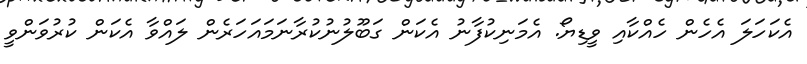
އެކަހަލަ އެހެން ހެއްކާއި ވީޑިޔޯ. އެމަނިކުފާނު އެކަން ގަބޫލުނުކުރާނަމައަހަރެން ލައްވާ އެކަން ކުރުވަންވީ